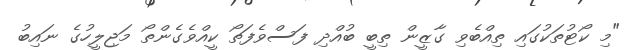
"މި ކޯޓުތަކުގައި ތިއްބެވި ގާޒީން ތިބީ ބުއްދި ފަސްވެފަތޯ ކީއްވެގެންތޯ މަޖިލީހުގެ ނައިބު